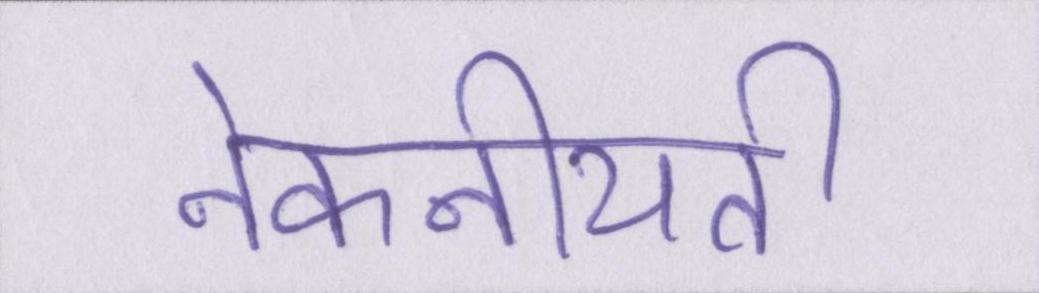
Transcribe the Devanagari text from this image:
नेकनीयती